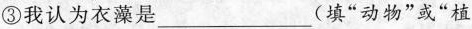
③我认为衣藻是___(填”动物”或”植